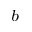
^ b